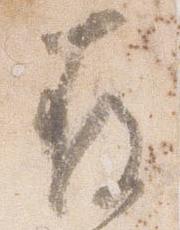
存